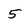
Character: 5